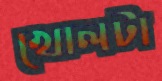
খোলটা